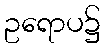
ဥရောပ၌